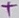
Text: +